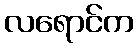
လရောင်က